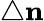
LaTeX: \triangle\mathbf{n}